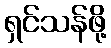
ရှင်သန်ဖို့